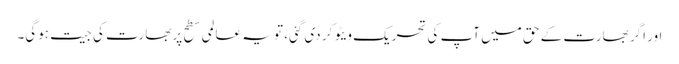
اور اگر بھارت کے حق میں آپ کی تحریک ویٹو کر دی گئی، تو یہ عالمی سطح پر بھارت کی جیت ہوگی۔